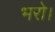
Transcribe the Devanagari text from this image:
भरो।